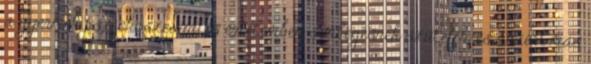
a gyermek pszichoszexuális értelemben semlegesnek születik, és amiért más